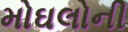
મોઘલોની